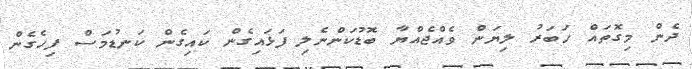
ދެން މިގޮތައް ހަބަރު ލިޔަން ވެއްޖެއްޔާ ބޮޑުކަންނެލި ފަޅައިގެން ކައިގެން ކަނޑުމަސް ފިހެގެން